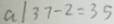
a \vert 3 7 - 2 = 3 5